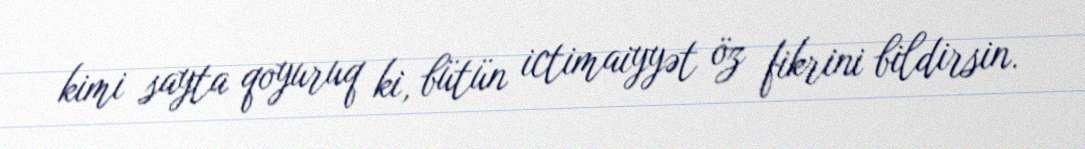
kimi sayta qoyuruq ki, bütün ictimaiyyət öz fikrini bildirsin.